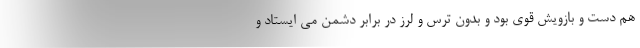
هم دست و بازویش قوی بود و بدون ترس و لرز در برابر دشمن می ایستاد و